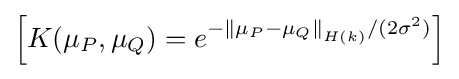
\left[K(\mu _{P},\mu _{Q})=e^{-\left\|\mu _{P}-\mu _{Q}\right\|_{H(k)}/(2\sigma ^{2})}\right]